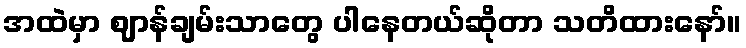
အထဲမှာ ဈာန်ချမ်းသာတွေ ပါနေတယ်ဆိုတာ သတိထားနော်။